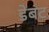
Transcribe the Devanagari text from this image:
डेबट